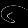
Digit: ၆